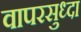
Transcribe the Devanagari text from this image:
वापरसुध्दा